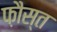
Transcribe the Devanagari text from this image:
फ़ौस्त